Bréfritari: Auður Gísladóttir
Viðtakandi: Einar Friðgeirsson
Dagsetning: A-1886-11-22
Skrifað á: Þverá  S-Þing.
Frænka Einars?

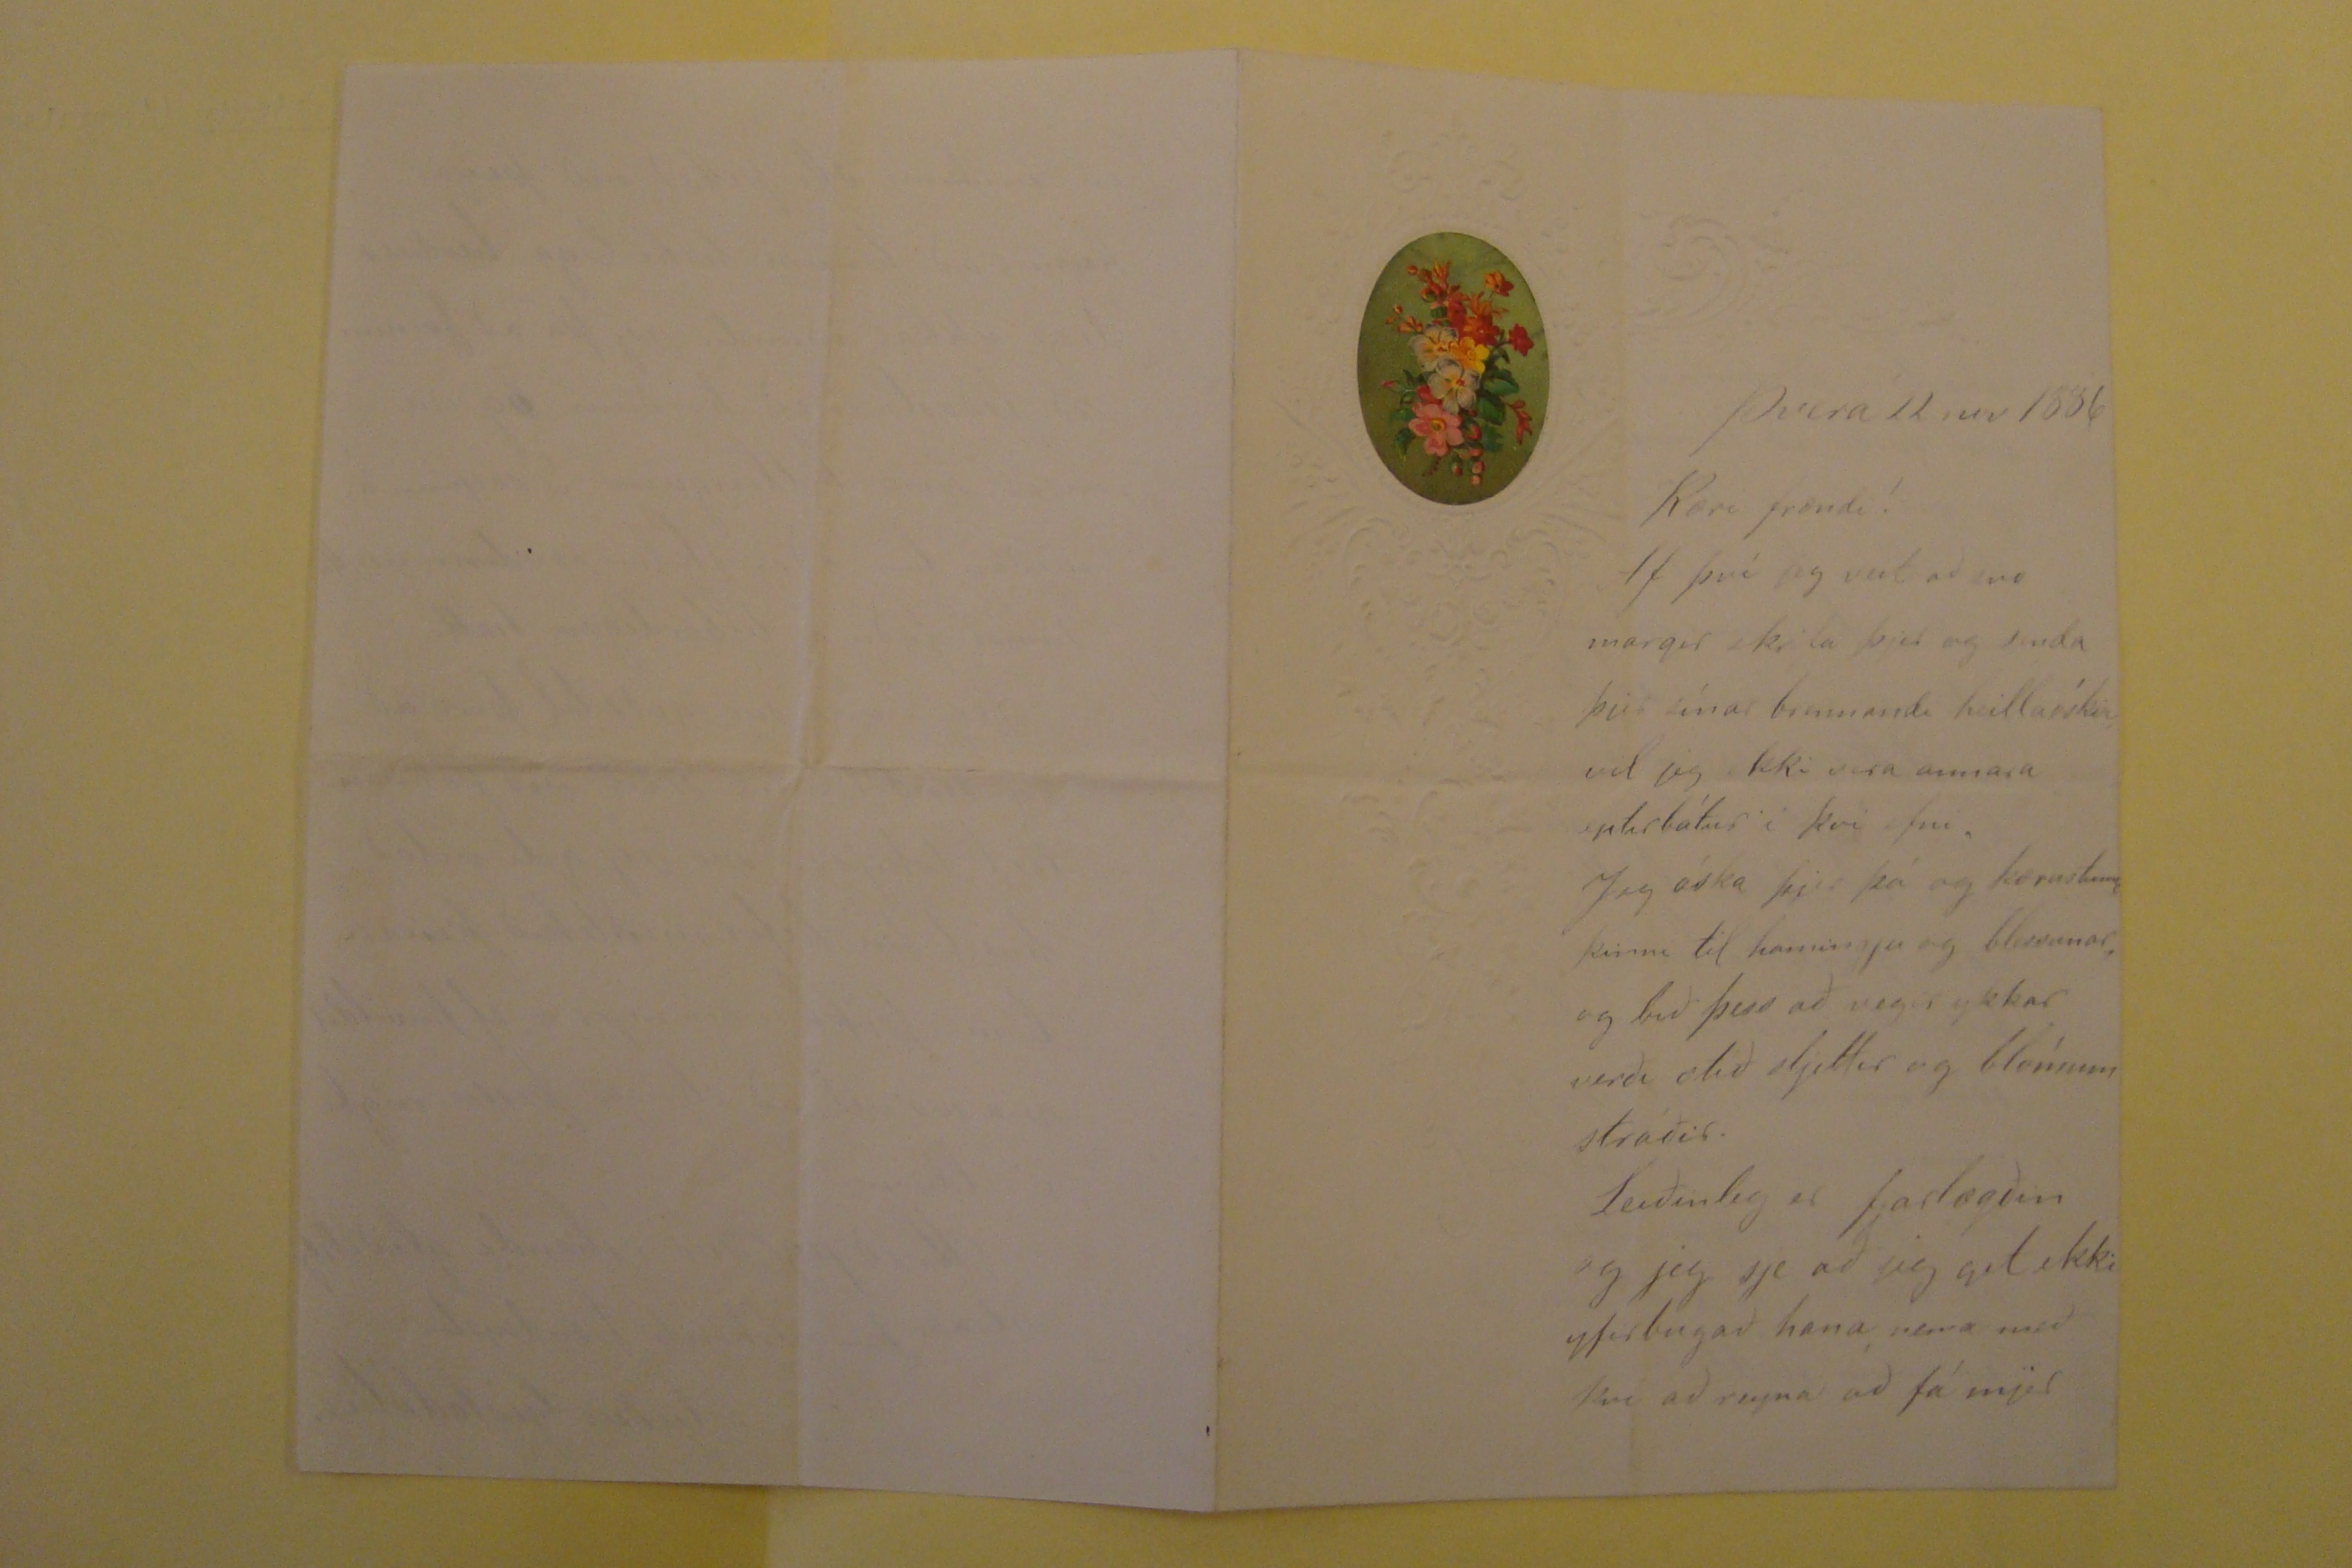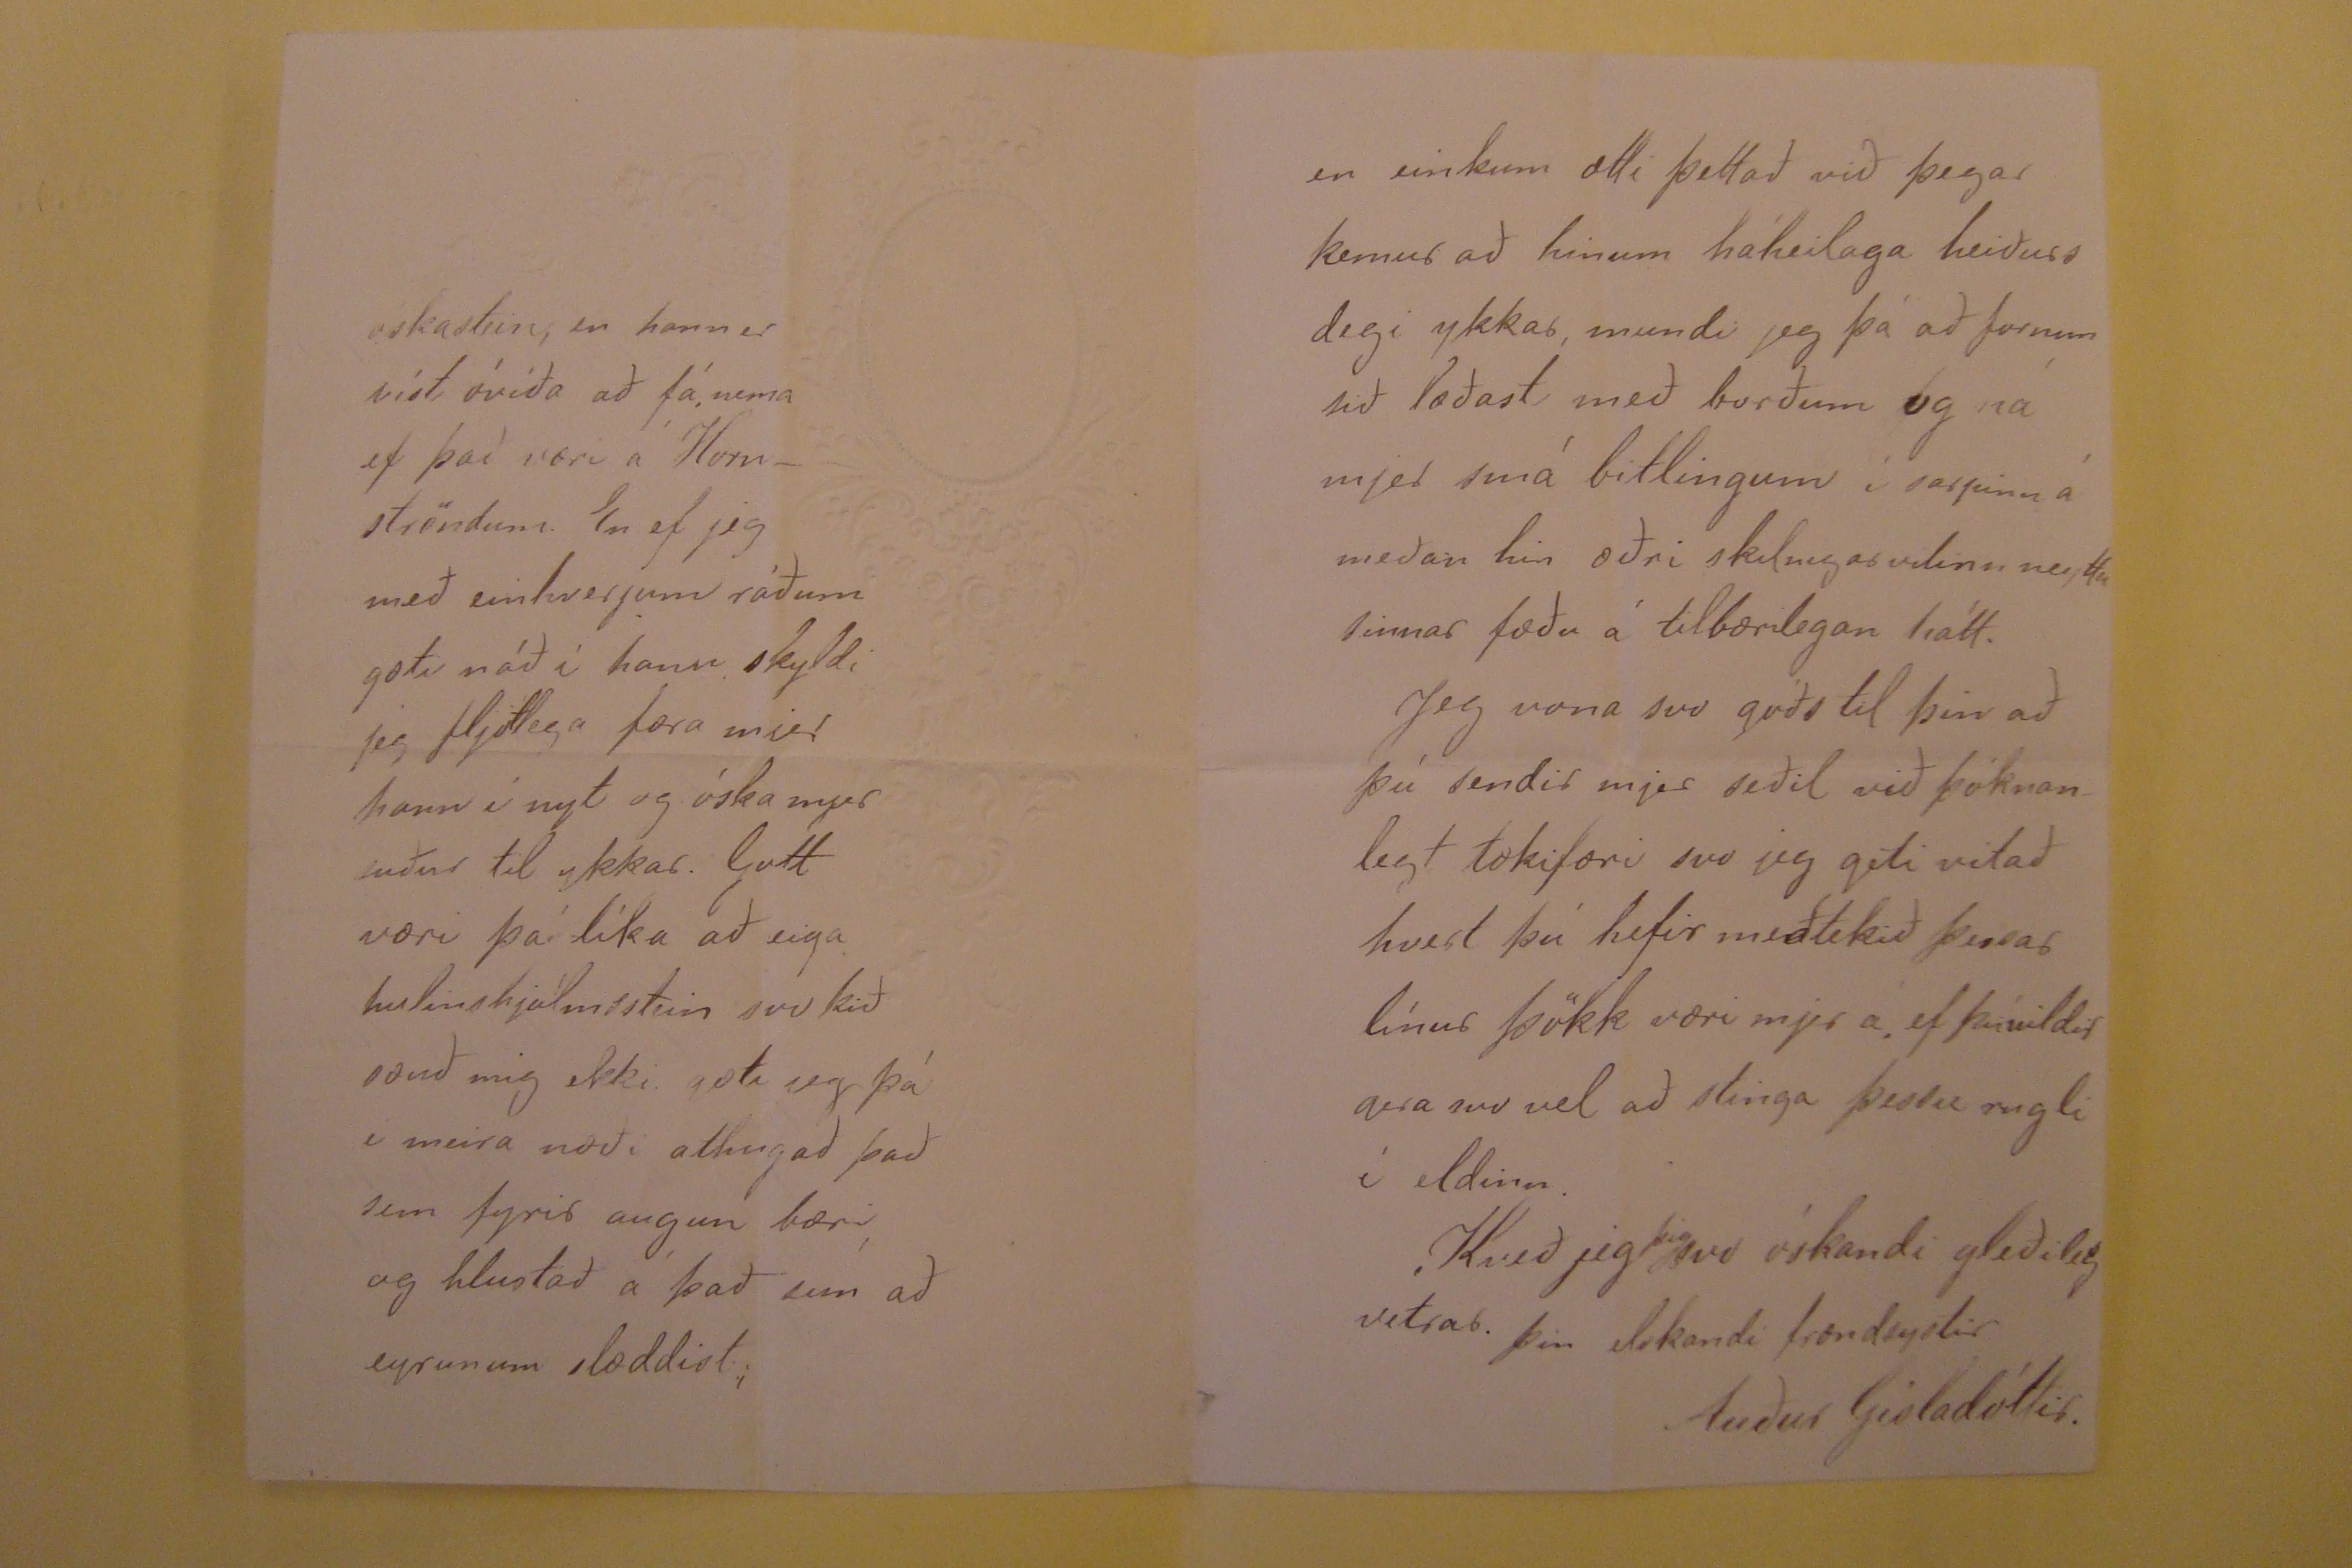

Þverá 22 nov 1886
Kæri frændi!
Af því jeg veit að svo margir skrifa þjer og senda þjer sínar bramandi heillaóskir, vil jeg ekki vera annara eptirlátur í því efni. Jeg óska þjer þá og kærustunni þinni
til hamingju og blessunar, og bið þess að vegir ykkar verði ætið sljettir og
blómum
stráðir. Leiðinleg er fjarlægðin og jeg sje að jeg get ekki
yfirbugað hana, nema með þvi að reyna að fá mjer
oskastein, en hann er víst óvíða að fá nema ef það væri á Hornströndum. En ef jeg með einhverjum ráðum gæti náð í hann skyldi jeg fljótlega færa mjer hann í
nyt og óska mjer suður til ykkar. Gott væri þá líka að eiga hulinshjálsstein svo þið sæuð mig ekki. gæti jeg þá i meira næði athugað það sem fyrir augun bæri, og
hlustað á það sem að eyrunum slæddist;
en einkum ætti þettað við þegar kemur að hinum háheilaga heiðurs degi ykkar mundi jeg þá að fornum sið læðast með borðum og ná mjer smá bitlingum í
sarpinn á meðan hin æðri skilnigarvilinn neyttu sinnar fæðu á tilbærilegan hátt. Jeg vona svo góðs til þin að þú sendir mjer seðil við þóknanlegt tækifæri svo jeg
géti vitað hvert þú hefir meðtekið þessar línur þökk væri mjer á ef þúvildir gera svo vel að stinga þessu rugli í eldinn. Kveð jeg
þig svo óskandi gleðilegs vetrar. þin elskandi frændsystir
Auður Gísladóttir.